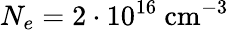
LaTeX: N_{e}=2\cdot 10^{16}~\textrm{cm}^{-3}